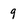
Character: g